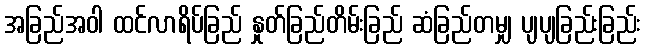
အခြည်အဝါ ထင်လာရိပ်ခြည် နှုတ်ခြည်တိမ်းခြည် ဆံခြည်တမျှ ပျပျခြည်းခြည်း